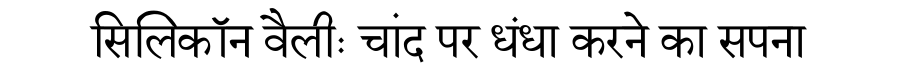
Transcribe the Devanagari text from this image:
सिलिकॉन वैलीः चांद पर धंधा करने का सपना